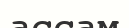
ассам